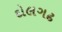
દોલગઢ